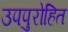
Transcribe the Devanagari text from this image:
उपपुरोहित